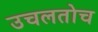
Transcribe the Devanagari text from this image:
उचलतोच